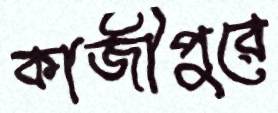
কাজীপুরে